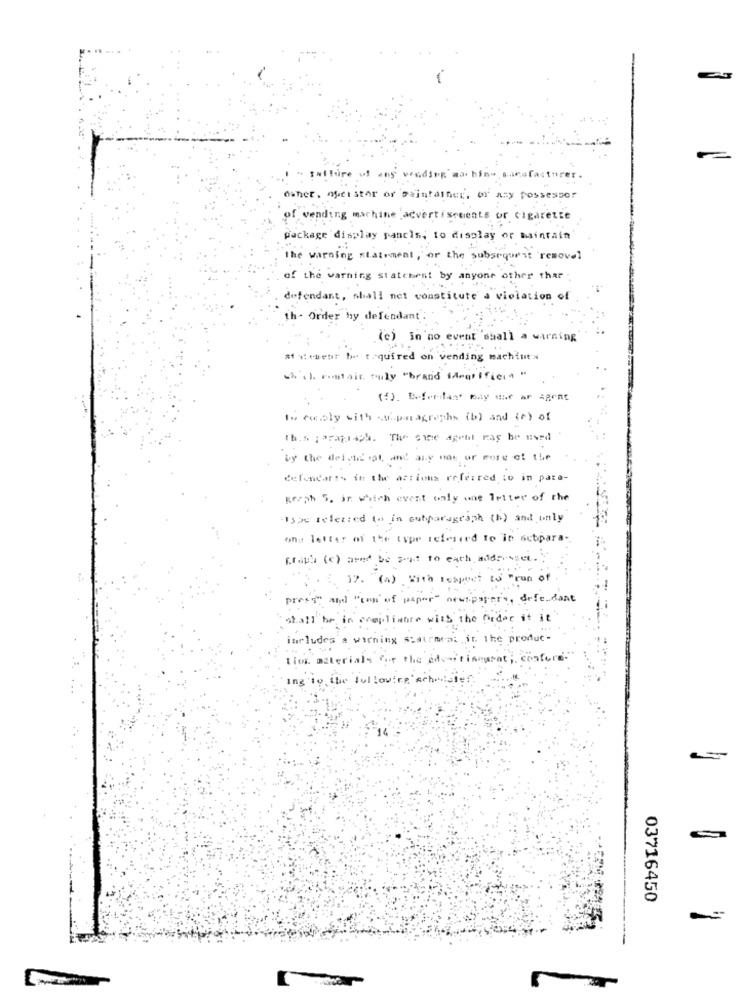
" fatture ut ang vending machine sanar
Other, ofer stor of maintainer, or any possessor
of vending machine advertisements or cigarette
package display panels, to display or maintain
The warning statement, or the subsequent resovel
of the warning statement by anyone other thar :
defendant, shall not constitute a violation of
th- Order by defendant':
(c) in no event shall a warning
Mt *: chest be toquired on vending machines
ch' .. romtair. "uly "brand identifier" "
(f). Deferias may - ar Agent
Ios eusly with ssiparagraphs (b) and (c) of
th.s. ; araja aph. The eine agent may be used
by the dei vid sat, and any noe or more of the
defendart- in the actions referred to in para-
graph 5. in which event only one letter of the
1320 selected to in cutparagessh (h) and only
ona letter of the typr referred to in subpara
graph (c) aved be sent to each addresset.
12. "(4) with respect to "run of
press" and " come of paper" newspapers , defendant
shall be in compliance with the order it it
includes'a wirning stairmeat ,it. the produc-
Bio materials for the adviriamurat; contura.
ing to the fullowies schondie
03716450